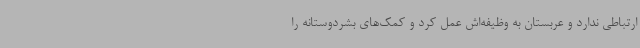
ارتباطی ندارد و عربستان به وظیفه‌اش عمل کرد و کمک‌های بشردوستانه را